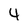
Character: 4